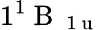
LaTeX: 1^{1}\mathrm{~B~}_{\mathrm{~1~u~}}